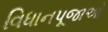
વિધાનપૂજાઓ